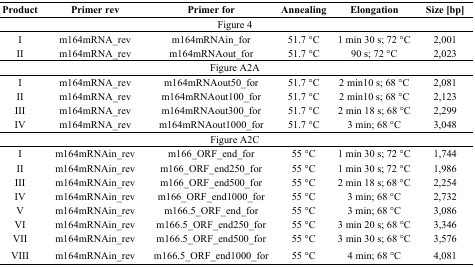
| Product | Primer rev | Primer for | Annealing | Elongation | Size [bp] |
 | --- | --- | --- | --- | --- | --- |
 | <COLSPAN=6> Figure 4 |
 | I | m164mRNA_rev | m164mRNAin_for | 51.7 °C | 1 min 30 s; 72 °C | 2,001 |
 | II | m164mRNA_rev | m164mRNAout_for | 51.7 °C | 90 s; 72 °C | 2,023 |
 | <COLSPAN=6> Figure A2A |
 | I | m164mRNA_rev | m164mRNAout50_for | 51.7 °C | 2 min10 s; 68 °C | 2,081 |
 | II | m164mRNA_rev | m164mRNAout100_for | 51.7 °C | 2 min10 s; 68 °C | 2,123 |
 | III | m164mRNA_rev | m164mRNAout300_for | 51.7 °C | 2 min 18 s; 68 °C | 2,299 |
 | IV | m164mRNA_rev | m164mRNAout1000_for | 51.7 °C | 3 min; 68 °C | 3,048 |
 | <COLSPAN=6> Figure A2C |
 | I | m164mRNAin_rev | m166_ORF_end_for | 55 °C | 1 min 30 s; 72 °C | 1,744 |
 | II | m164mRNAin_rev | m166_ORF_end250_for | 55 °C | 1 min 30 s; 72 °C | 1,986 |
 | III | m164mRNAin_rev | m166_ORF_end500_for | 55 °C | 2 min 18 s; 68 °C | 2,254 |
 | IV | m164mRNAin_rev | m166_ORF_end1000_for | 55 °C | 3 min; 68 °C | 2,732 |
 | V | m164mRNAin_rev | m166.5_ORF_end_for | 55 °C | 3 min; 68 °C | 3,086 |
 | VI | m164mRNAin_rev | m166.5_ORF_end250_for | 55 °C | 3 min 20 s; 68 °C | 3,346 |
 | VII | m164mRNAin_rev | m166.5_ORF_end500_for | 55 °C | 3 min 30 s; 68 °C | 3,576 |
 | VIII | m164mRNAin_rev | m166.5_ORF_end1000_for | 55 °C | 4 min; 68 °C | 4,081 |